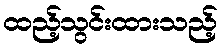
ထည့်သွင်းထားသည့်